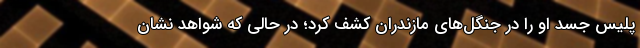
پلیس جسد او را در جنگل‌های مازندران کشف کرد؛ در حالی‌ که شواهد نشان